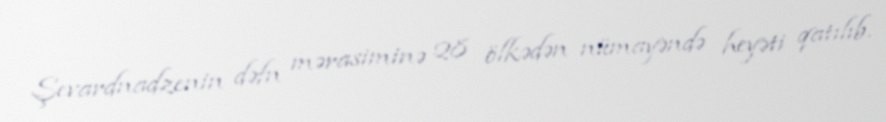
Şevardnadzenin dəfn mərasiminə 28 ölkədən nümayəndə heyəti qatılıb.